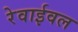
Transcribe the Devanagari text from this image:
रेवाईवल